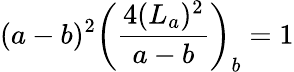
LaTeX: (a-b)^{2}\left(\frac{4(L_{a})^{2}}{a-b}\right)_{b}=1